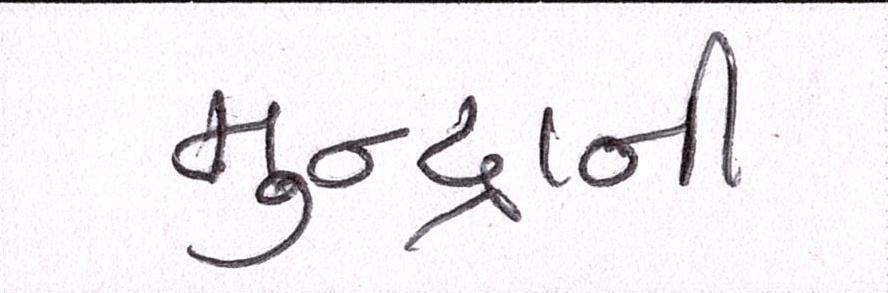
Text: મુન્દ્રાની